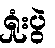
ရှုံးပွဲ